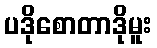
ပဒိုစောတာဒိုမူး